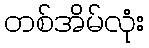
တစ်အိမ်လုံး